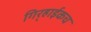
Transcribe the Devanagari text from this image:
गिर्‍हाईकच